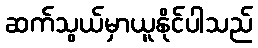
ဆက်သွယ်မှာယူနိုင်ပါသည်